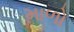
માળો